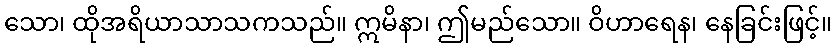
သော၊ ထိုအရိယာသာသကသည်။ ဣမိနာ၊ ဤမည်သော။ ဝိဟာရေန၊ နေခြင်းဖြင့်။